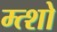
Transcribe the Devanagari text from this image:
म्त्शो